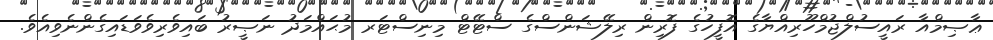
ޢާޞިމްއާ ރައީސުލްޖުމްހޫރިއްޔާގެ އޮފީހުގެ ފޮރިން ރިލޭޝަންސްގެ ސްޓޭޓް މިނިސްޓަރ މުޙައްމަދު ނަޞީރު ބައިވެރިވެވަޑައިގެންނެވިއެވެ.